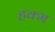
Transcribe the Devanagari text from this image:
हक्म